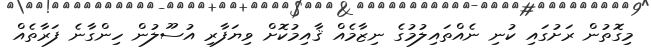
މިގޮތުން ރަށުގައި ކުނި ނެއްތައިލުމުގެ ނިޒާމެއް ޤާއިމުކޮށް ވިޔަފާރި އުސޫލުން ހިންގާނެ ފަރާތެއް